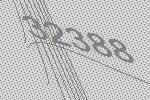
32388